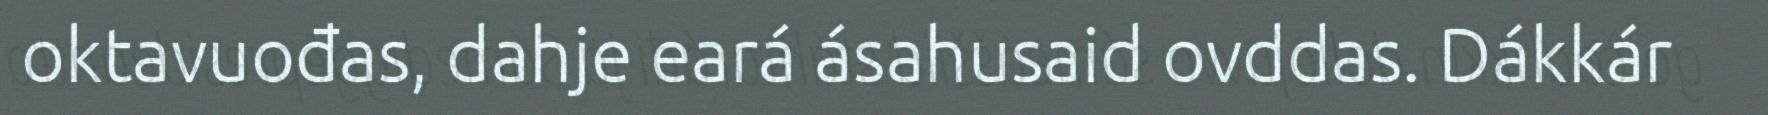
oktavuođas, dahje eará ásahusaid ovddas. Dákkár